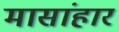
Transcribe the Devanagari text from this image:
मासांहार